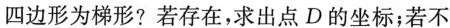
四边形为梯形?若存在，求出点D的坐标；若不